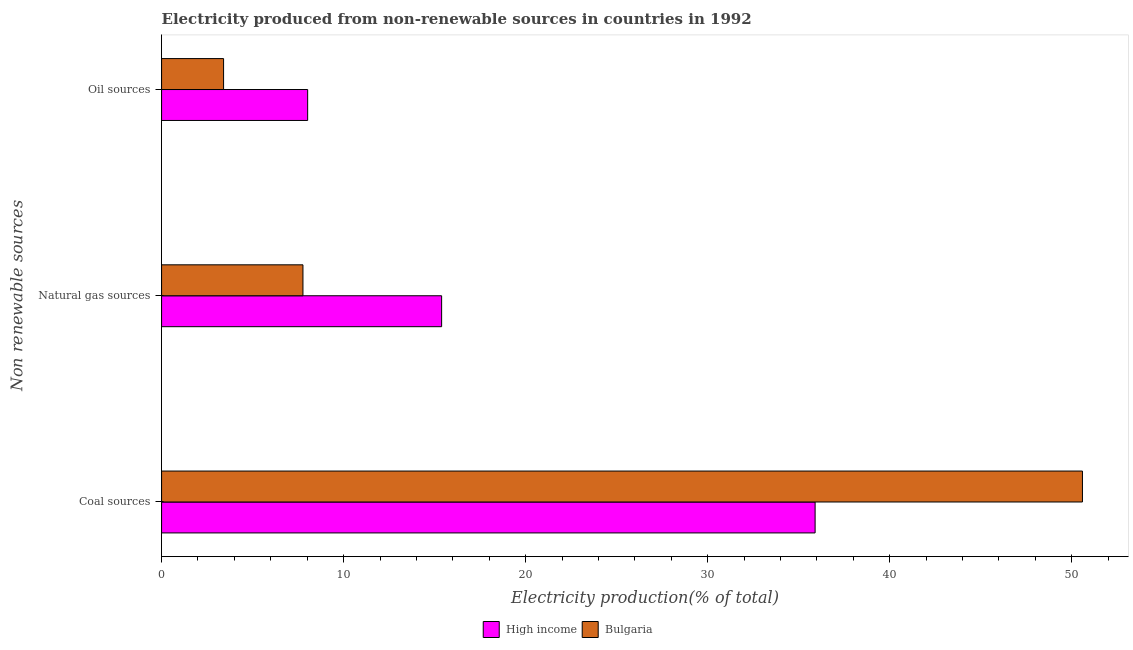
| Non renewable sources | High income | Bulgaria |
 | --- | --- | --- |
 | Coal sources | 35.9 | 50.6 |
 | Natural gas sources | 15.4 | 7.77 |
 | Oil sources | 8.03 | 3.41 |